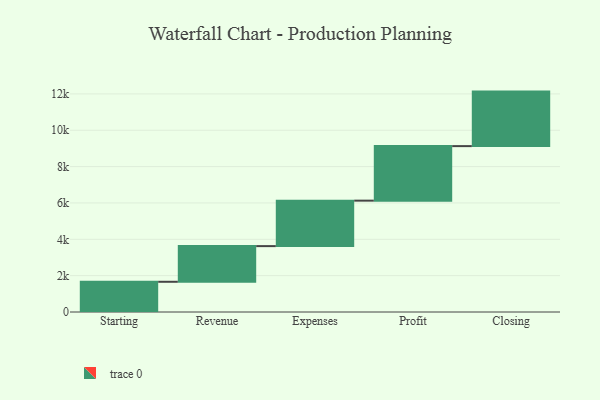
{"axis": {"x": "Step", "y": "Value"}, "legend": [""], "data": [{"x": "Starting", "y": 1663.0, "type": ""}, {"x": "Revenue", "y": 1962.0, "type": ""}, {"x": "Expenses", "y": 2502.0, "type": ""}, {"x": "Profit", "y": 3000, "type": ""}, {"x": "Closing", "y": 3000, "type": ""}]}